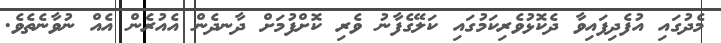
މެދުގައި އުފެދިފައިވާ ދެކޮޅުވެރިކަމުގައި ކަލޭގެފާނު ވެރި ކޮށްފުމަށް ދާނދެން އެއުރެން އެއް ނުވާނެތެވެ.